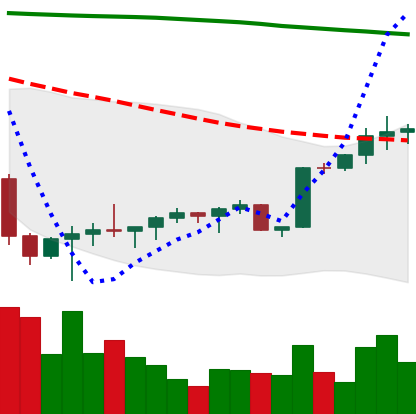
Ticker: BTC-USD
Chart end date: 2022-02-09
Forward return: -3.951%
Label: down_3_5